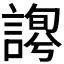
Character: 𧪱